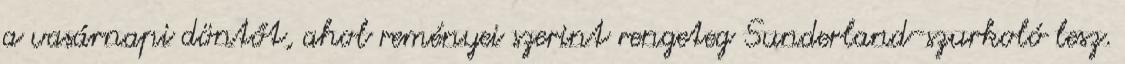
a vasárnapi döntőt, ahol reményei szerint rengeteg Sunderland-szurkoló lesz.